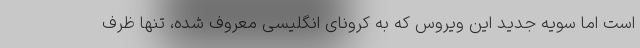
است اما سویه جدید این ویروس که به کرونای انگلیسی معروف شده، تنها ظرف